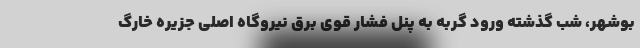
بوشهر، شب گذشته ورود گربه به پنل فشار قوی برق نیروگاه اصلی جزیره خارگ